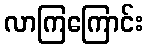
လာကြကြောင်း